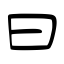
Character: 曰